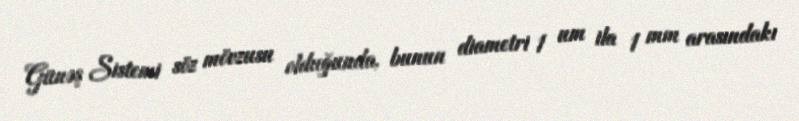
Günəş Sistemi söz mövzusu olduğunda, bunun diametri 1 um ila 1 mm arasındakı